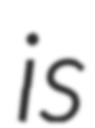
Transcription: is